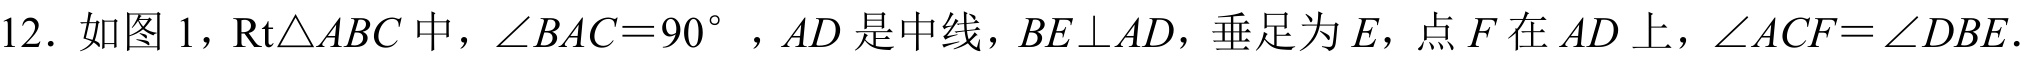
12. 如图 1，$\text{Rt}\triangle ABC$中，$\angle BAC = 90^{\circ}$，$AD$是中线，$BE\perp AD$，垂足为$E$，点$F$在$AD$上，$\angle ACF=\angle DBE$.